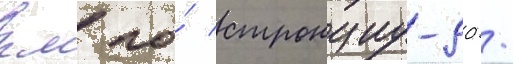
км по́ стронциу-90 /